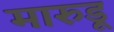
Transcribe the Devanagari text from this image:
मारुडू